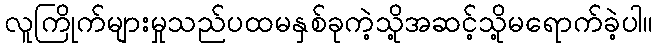
လူကြိုက်များမှုသည်ပထမနှစ်ခုကဲ့သို့အဆင့်သို့မရောက်ခဲ့ပါ။